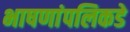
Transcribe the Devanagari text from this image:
भाषणांपलिकडे